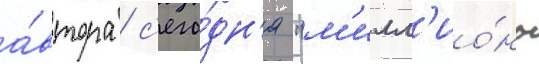
а́втора / с'его́дн'я "м'илл'ио́ны